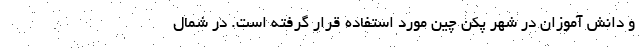
و دانش آموزان در شهر پکن چین مورد استفاده قرار گرفته است. در شمال